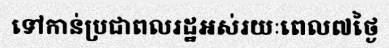
ទៅកាន់ប្រជាពលរដ្ឋអស់រយៈពេល៧ថ្ងៃ